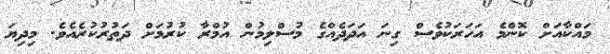
މައްކާއަށް ކޮންމެ އަހަރަކުވެސް ގިނަ އަދަދެއްގެ މުސްލިމުން އުމްރާ ކުރުމަށް ދަތުރުކުރެއެވެ. މިދިޔަ